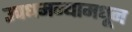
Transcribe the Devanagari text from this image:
उपधमन्यामधून